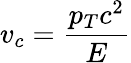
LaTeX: v_{c}={\frac{p_{T}c^{2}}{E}}